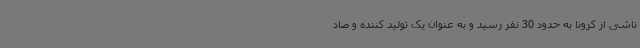
ناشی از کرونا به حدود 30 نفر رسید و به عنوان یک تولید کننده و صاد